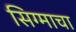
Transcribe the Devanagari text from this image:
सिग्माचा